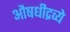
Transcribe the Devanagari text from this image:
औषधीद्रव्ये